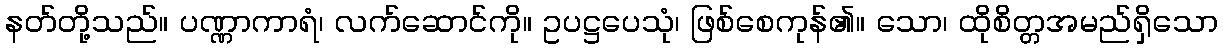
နတ်တို့သည်။ ပဏ္ဏာကာရံ၊ လက်ဆောင်ကို။ ဥပဋ္ဌပေသုံ၊ ဖြစ်စေကုန်၏။ သော၊ ထိုစိတ္တအမည်ရှိသော